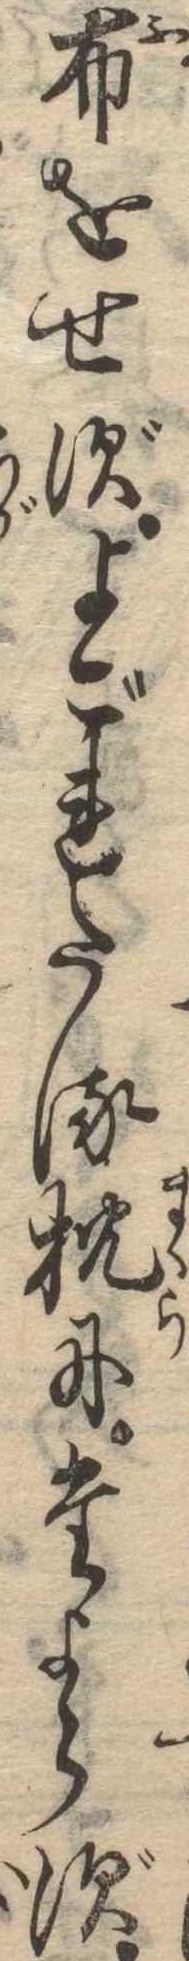
布をせずよごれたる枕にたよらず